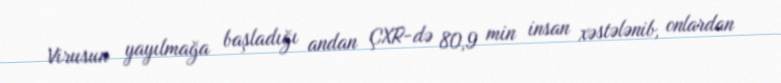
Virusun yayılmağa başladığı andan ÇXR-də 80,9 min insan xəstələnib, onlardan